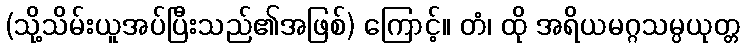
(သို့သိမ်းယူအပ်ပြီးသည်၏အဖြစ်) ကြောင့်။ တံ၊ ထို အရိယမဂ္ဂသမ္ပယုတ္တ